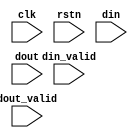
module stat_cnt
#(parameter
	C_CNT_BW = 32
)
(
	input       clk       ,
	input       rstn      ,

	//-- to/from the datapath to be monitored----
	input      [31:0] din,
	input      [31:0] dout,
	input      din_valid,
	input      dout_valid
);

//-------------------------------------------------------------------
// Signal Declaration
//-------------------------------------------------------------------

	// indata & incnt register
	reg [31:0] indata;
	reg [C_CNT_BW-1:0] incnt;

	// outdata & outcnt register
	reg [31:0] outdata;
	reg [C_CNT_BW-1:0] outcnt;

	// dummy signals
	wire [31:0] dummy_signal_0; reg [31:0] dummy_signal_1;
	
//-------------------------------------------------------------------
// Statistic Registers
//-------------------------------------------------------------------

	/* indata & incnt register */
	always @(posedge clk or negedge rstn) begin
		if (~rstn) begin
			indata <= 32'h0;
			incnt <= 'h0; // .OR. {C_CNT_BW{1'b0}};
		end else begin
			if (din_valid) indata <= din;
			if (din_valid) incnt <= incnt + 'h1; 
		end
	end

	/* outdata & outcnt register */
	always @(posedge clk or negedge rstn) begin
		if (~rstn) begin
			outdata <= 32'h0;
			outcnt <= {C_CNT_BW{1'b0}};
		end else begin
			if (dout_valid) outdata <= dout;
			if (dout_valid) outcnt <= outcnt + 'h1;
		end
	end

/* 
	always @(posedge clk or negedge rstn) begin
		if (~rstn)
			reg_dout <= 32'h0;
		else
			if (reg_rd_en) begin
				case (reg_addr)

					(XADDRBASE + 12'h00) : reg_dout <= indata;
					(XADDRBASE + 12'h04) : reg_dout <= incnt;
					(XADDRBASE + 12'h08) : reg_dout <= outdata;
					(XADDRBASE + 12'h0c) : reg_dout <= outcnt;

					default: reg_dout <= 32'h0;
				endcase
			end
	end
*/

	/* dummy signals */
	assign dummy_signal_0 = outdata; 
	always @(*) begin dummy_signal_1 = outdata; end
	
endmodule